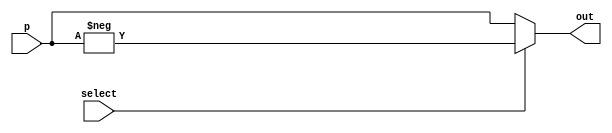
`timescale 1ns / 1ps
//////////////////////////////////////////////////////////////////////////////////
// Company: 
// Engineer: 
// 
// Design Name: 
// Module Name:    mux_16 
// Project Name: 
// Target Devices: 
// Tool versions: 
// Description: 
//
// Dependencies: 
//
// Revision: 
// Revision 0.01 - File Created
// Additional Comments: 
//
//////////////////////////////////////////////////////////////////////////////////
module mux_16(input[15:0] p, output[15:0] out, input select
    );
assign out = (select) ? -p : p;

endmodule